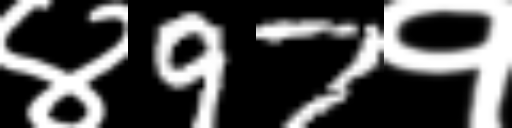
Text: ४97१